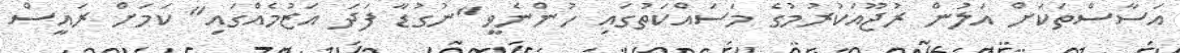
އަސާސްތަކަށް އަލުން ރުޖޫއަކުރުމުގެ މަސައްކަތުގައި ހުންނެވީ "ނުގުޑާ ފަދަ އަޒުމެއްގައި" ކަމަށް ރައީސް